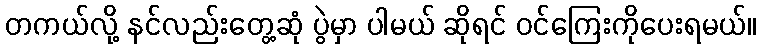
တကယ်လို့ နင်လည်းတွေ့ဆုံ ပွဲမှာ ပါမယ် ဆိုရင် ဝင်ကြေးကိုပေးရမယ်။